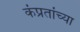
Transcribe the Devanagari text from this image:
कंप्रतांच्या